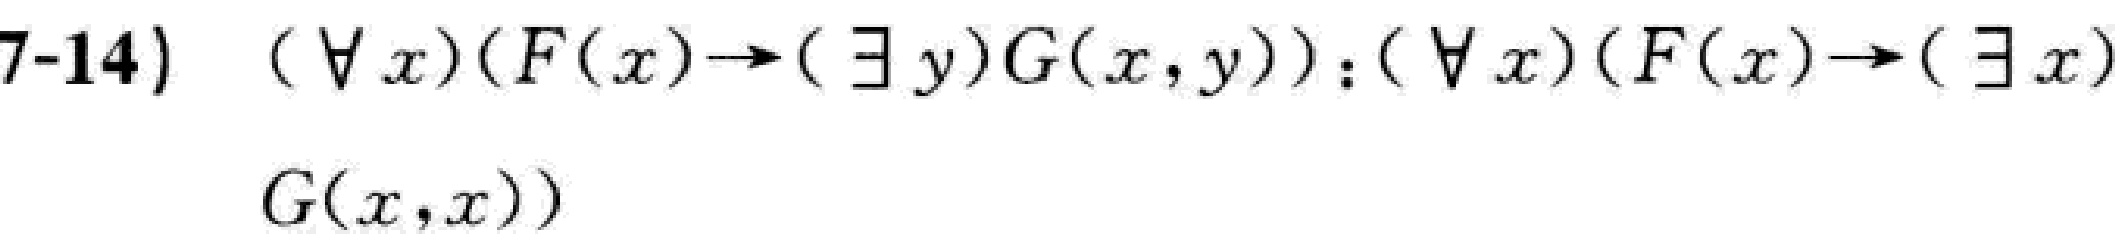
7-14) $(\forall x)(F(x)\to(\exists y)G(x,y)):(\forall x)(F(x)\to(\exists x)G(x,x))$